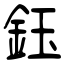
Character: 鈺